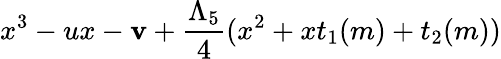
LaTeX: x^{3}-ux-\mathbf{v}+{\frac{{\Lambda_{5}}}{{4}}}(x^{2}+xt_{1}(m)+t_{2}(m))